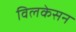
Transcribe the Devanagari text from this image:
विलकेसन